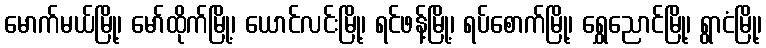
မောက်မယ်မြို့၊ မော်ထိုက်မြို့၊ ယောင်လင်းမြို့၊ ရင်ဖန့်မြို့၊ ရပ်စောက်မြို့၊ ရွှေညောင်မြို့၊ ရွာငံမြို့၊